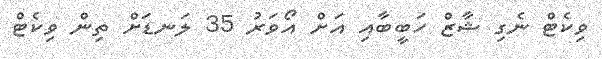
ވިކެޓް ނެގި ޝާޒް ހަބީބާއި އަށް އޯވަރު 35 ލަނޑަށް ތިން ވިކެޓް